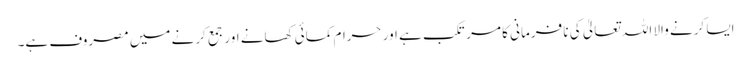
ایسا کرنے والا اللہ تعالیٰ کی نا فرمانی کا مرتکب ہے اور حرام کمائی کھانے اور جمع کرنے میں مصروف ہے۔